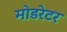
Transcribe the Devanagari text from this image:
मोडरेटर